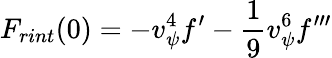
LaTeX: F_{rint}(0)=-v_{{\psi}}^{4}f^{\prime}-{\frac{1}{9}}v_{{\psi}}^{6}f^{\prime\prime\prime}